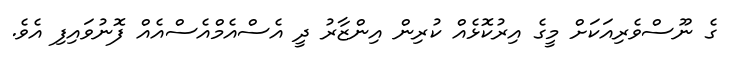
ގެ ނޫސްވެރިއަކަށް މީގެ އިރުކޮޅެއް ކުރިން އިންޒާރު ދީ އެސްއެމްއެސްއެއް ފޮނުވައިފި އެވެ.